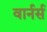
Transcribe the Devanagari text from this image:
वार्नर्स